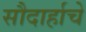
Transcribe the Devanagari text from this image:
सौदार्हाचे